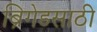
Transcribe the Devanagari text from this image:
ब्रिगेडसाठी